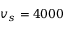
v _ { s } = 4 0 0 0